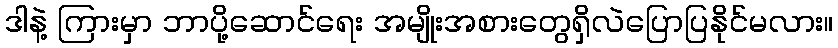
ဒါနဲ့ ကြားမှာ ဘာပို့ဆောင်ရေး အမျိုးအစားတွေရှိလဲပြောပြနိုင်မလား။